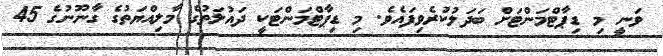
ވަނީ މި ޑިޕާޓްމަންޓަށް ބަދަލުކުރެވިފައެވެ. މި ޑިޕާޓްމަންޓަކީ ދައުލަތުގެ މާލިއްޔަތުގެ ގާނޫނުގެ 45